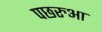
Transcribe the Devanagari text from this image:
पछरुआ